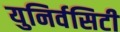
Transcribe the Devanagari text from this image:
युनिर्वसिटी